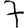
Digit: 7